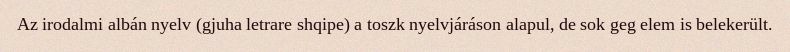
Az irodalmi albán nyelv (gjuha letrare shqipe) a toszk nyelvjáráson alapul, de sok geg elem is belekerült.